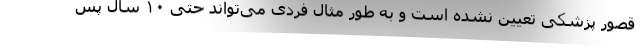
قصور پزشکی تعیین نشده است و به طور مثال فردی می‌تواند حتی ۱۰ سال پس